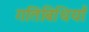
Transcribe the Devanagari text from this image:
गतिबिधियाँ